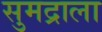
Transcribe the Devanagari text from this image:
सुमद्राला